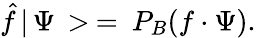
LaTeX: \hat{f}\, |\, \Psi\, >\: =\: P_{B}(f\cdot\Psi).